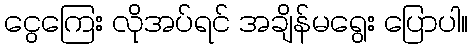
ငွေကြေး လိုအပ်ရင် အချိန်မရွေး ပြောပါ။